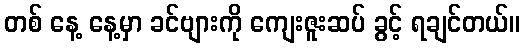
တစ် နေ့ နေ့မှာ ခင်ဗျားကို ကျေးဇူးဆပ် ခွင့် ရချင်တယ်။